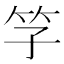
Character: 𥫞